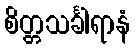
စိတ္တသင်္ခါရာနံ